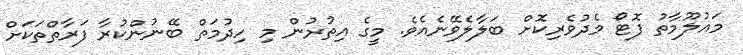
މައުލޫމާތު ފޮޓޯ މެދުވެރިކޮށް ބަލާލެވޭނެއެވެ. މީގެ އިތުރުން މި ހިދުމަތް ބޭނުންކުރާ ފަރާތްތަކަށް